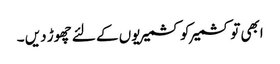
ابھی تو کشمیر کو کشمیریوں کے لئے چھوڑ دیں ۔